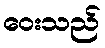
ဝေးသည်